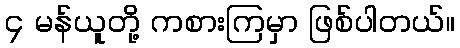
၄ မန်ယူတို့ ကစားကြမှာ ဖြစ်ပါတယ်။